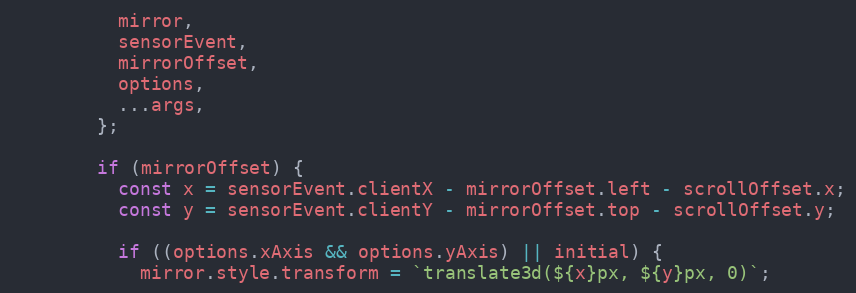
Language: JavaScript
          mirror,
          sensorEvent,
          mirrorOffset,
          options,
          ...args,
        };

        if (mirrorOffset) {
          const x = sensorEvent.clientX - mirrorOffset.left - scrollOffset.x;
          const y = sensorEvent.clientY - mirrorOffset.top - scrollOffset.y;

          if ((options.xAxis && options.yAxis) || initial) {
            mirror.style.transform = `translate3d(${x}px, ${y}px, 0)`;